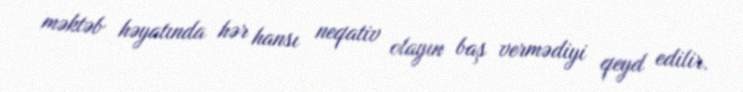
məktəb həyatında hər hansı neqativ olayın baş vermədiyi qeyd edilir.